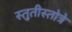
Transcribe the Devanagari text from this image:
स्तुतीस्तोत्रे